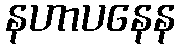
နဟာပနေန